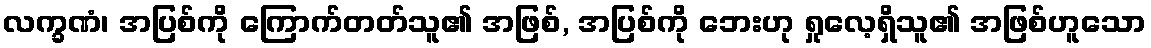
လက္ခဏံ၊ အပြစ်ကို ကြောက်တတ်သူ၏ အဖြစ်, အပြစ်ကို ဘေးဟု ရှုလေ့ရှိသူ၏ အဖြစ်ဟူသော